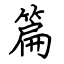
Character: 篇